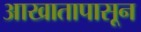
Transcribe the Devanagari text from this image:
आखातापासून